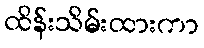
ထိန်းသိမ်းထားကာ